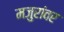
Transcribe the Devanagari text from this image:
मजुरांवर